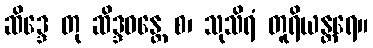
ဆိဒ္ဒေ တု ဆိဒ္ဒဝန္တေ စ၊ သုသိရံ တူရိယန္တရေ။